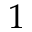
1